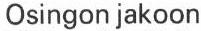
Osingon jakoon